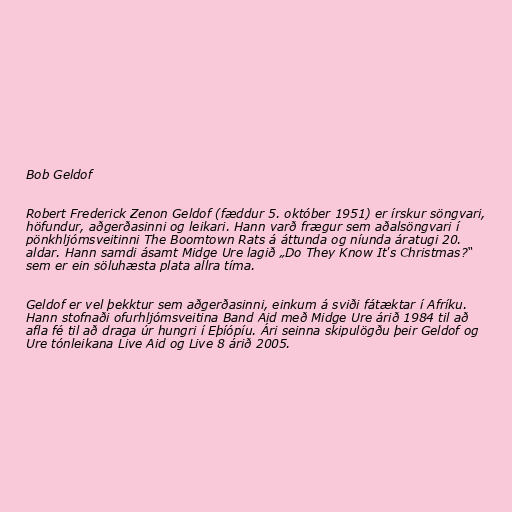
Bob Geldof

Robert Frederick Zenon Geldof (fæddur 5. október 1951) er írskur söngvari,
höfundur, aðgerðasinni og leikari. Hann varð frægur sem aðalsöngvari í
pönkhljómsveitinni The Boomtown Rats á áttunda og níunda áratugi 20.
aldar. Hann samdi ásamt Midge Ure lagið „Do They Know It's Christmas?“
sem er ein söluhæsta plata allra tíma.

Geldof er vel þekktur sem aðgerðasinni, einkum á sviði fátæktar í Afríku.
Hann stofnaði ofurhljómsveitina Band Aid með Midge Ure árið 1984 til að
afla fé til að draga úr hungri í Eþíópíu. Ári seinna skipulögðu þeir Geldof og
Ure tónleikana Live Aid og Live 8 árið 2005.